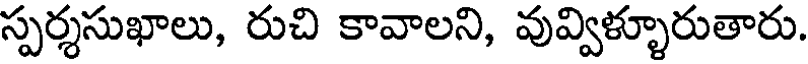
స్పర్శసుఖాలు, రుచి కావాలని, వువ్విళ్ళూరుతారు.